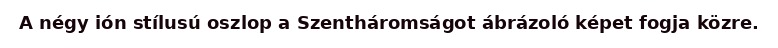
A négy ión stílusú oszlop a Szentháromságot ábrázoló képet fogja közre.